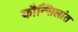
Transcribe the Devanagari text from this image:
कौन्सिलांत